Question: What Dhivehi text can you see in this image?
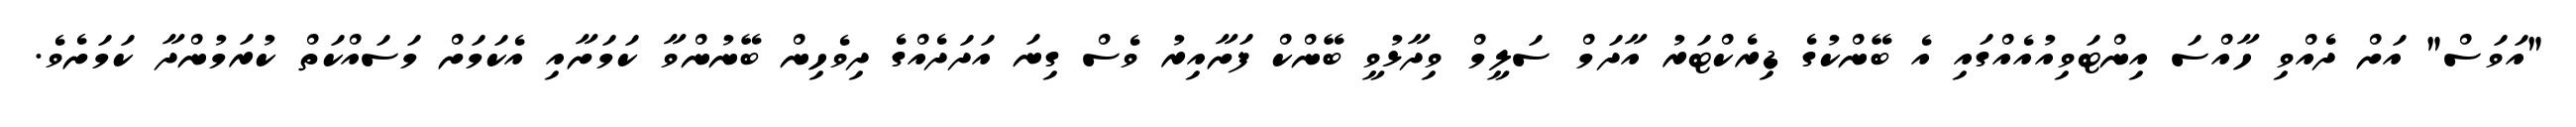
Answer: "އަވަސް" އަށް ދެއްވި ހާއްސަ އިންޓަވިއުއެއްގައި އެ ބޭންކުގެ ޑިރެކްޓަރު އާދަމް ސަލީމް ވިދާޅުވީ ބޭންކް ފަށާއިރު ވެސް ގިނަ އަދަދެއްގެ ދިވެހިން ބޭނުންވާ ކަމަށާއި އެކަމަށް މަސައްކަތް ކުރަމުންދާ ކަމަށެވެ.